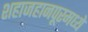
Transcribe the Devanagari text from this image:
शहाजहानपूरमध्ये